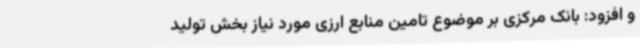
و افزود: بانک مرکزی بر موضوع تامین منابع ارزی مورد نیاز بخش تولید